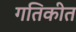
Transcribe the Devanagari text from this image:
गतिकीत